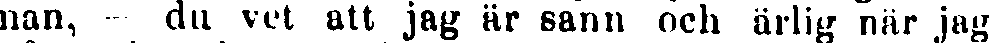
nan, du vet att jag är sann och ärlig när jag